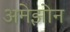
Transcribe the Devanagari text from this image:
अमेझोन